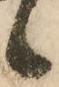
候